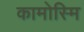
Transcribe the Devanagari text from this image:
कामोस्मि